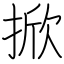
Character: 掀